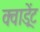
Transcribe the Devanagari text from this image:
क्वाड्रेंट